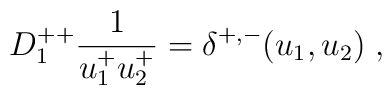
D^{++}_1{1\over u^+_1u^+_2} = \delta^{+,-}(u_1,u_2)\; ,